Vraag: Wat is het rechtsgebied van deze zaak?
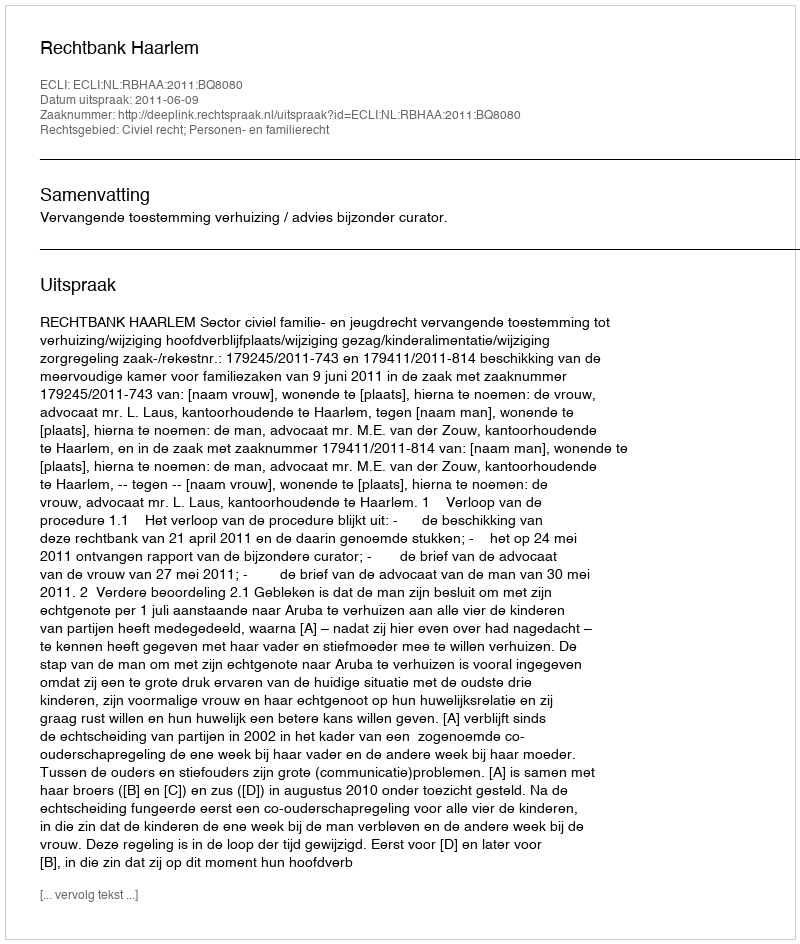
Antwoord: Civiel recht; Personen- en familierecht